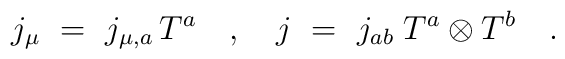
j_\mu~=~j_{\mu,a} \, T^a~~~,~~~j~=~j_{ab} \; T^a\otimes T^b~~~.